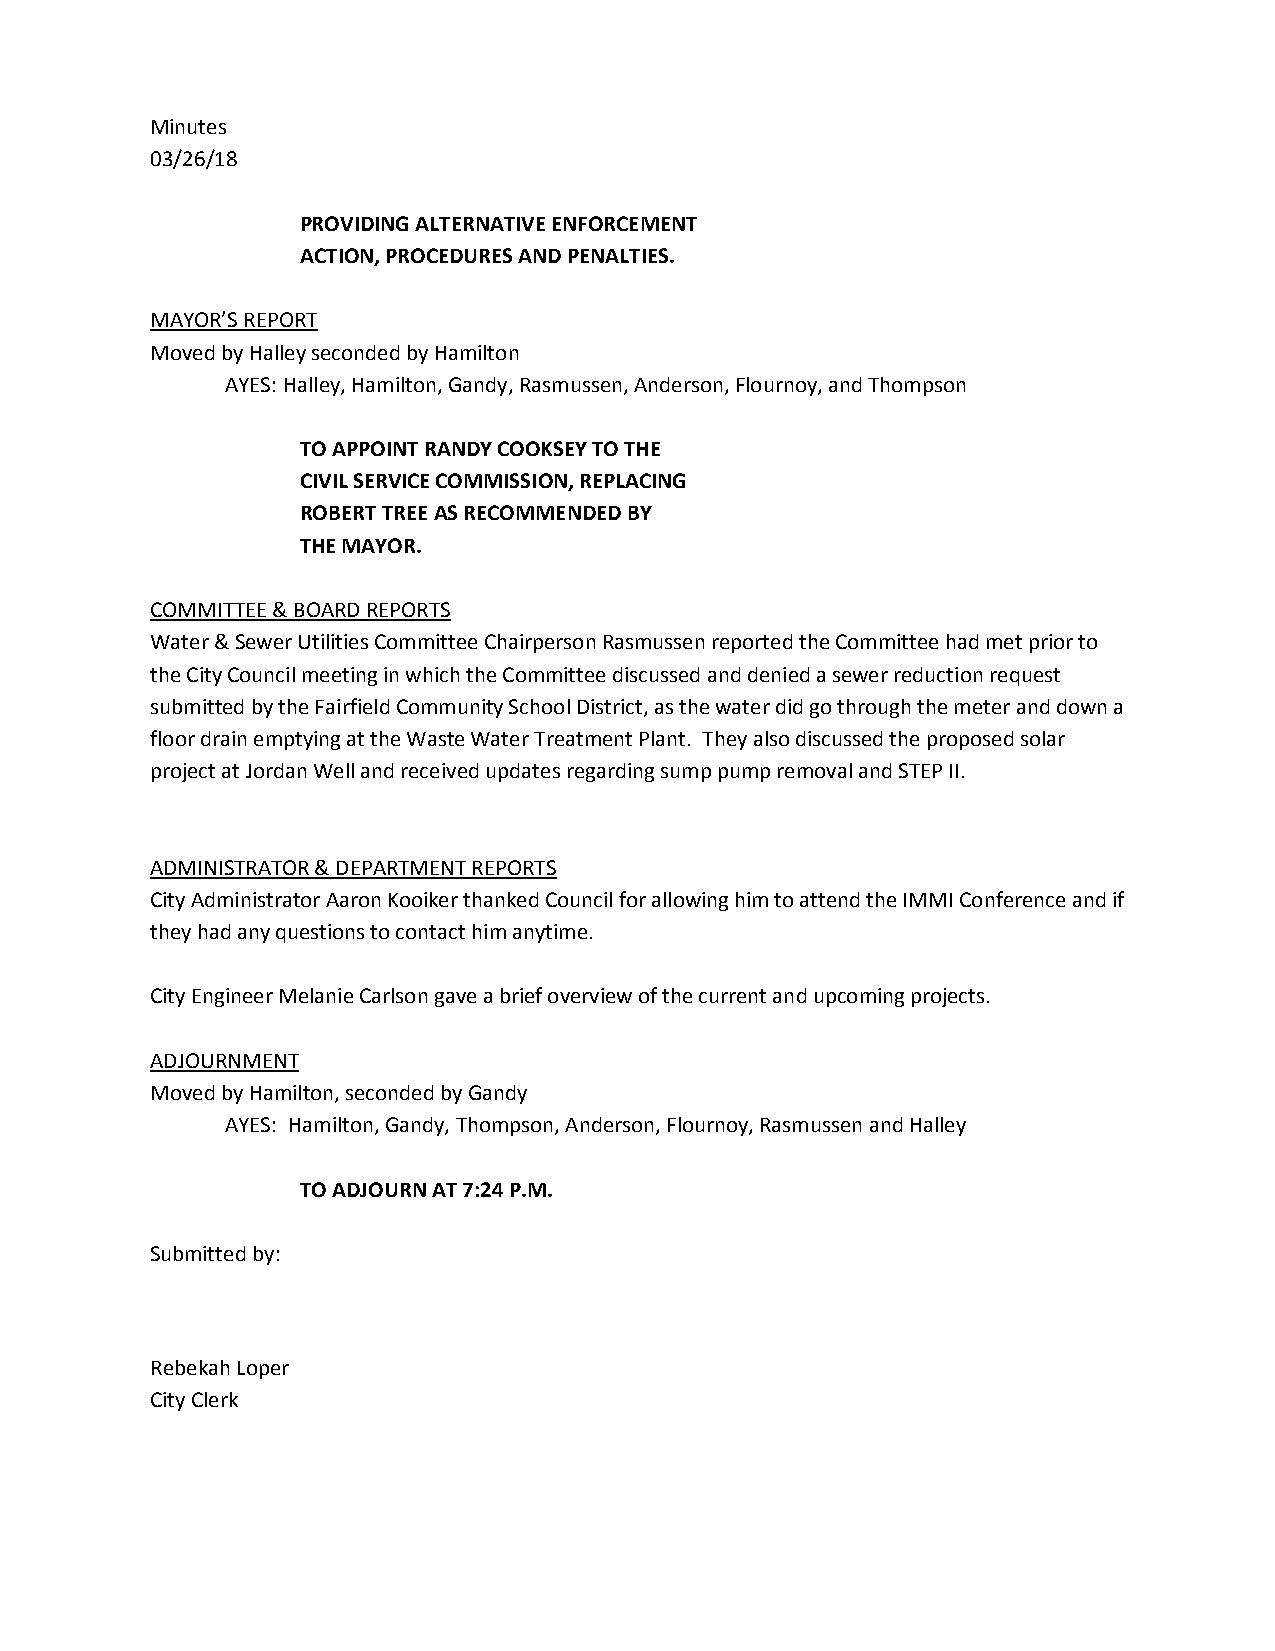
Minutes
 03/26/18
 PROVIDING ALTERNATIVE ENFORCEMENT
 ACTION, PROCEDURES AND PENALTIES.
 MAYOR’S REPORT
 Moved by Halley seconded by Hamilton
 AYES: Halley, Hamilton, Gandy, Rasmussen, Anderson, Flournoy, and Thompson
 TO APPOINT RANDY COOKSEY TO THE
 CIVIL SERVICE COMMISSION, REPLACING
 ROBERT TREE AS RECOMMENDED BY
 THE MAYOR.
 COMMITTEE & BOARD REPORTS
 Water & Sewer Utilities Committee Chairperson Rasmussen reported the Committee had met prior to
 the City Council meeting in which the Committee discussed and denied a sewer reduction request
 submitted by the Fairfield Community School District, as the water did go through the meter and down a
 floor drain emptying at the Waste Water Treatment Plant. They also discussed the proposed solar
 project at Jordan Well and received updates regarding sump pump removal and STEP II.
 ADMINISTRATOR & DEPARTMENT REPORTS
 City Administrator Aaron Kooiker thanked Council for allowing him to attend the IMMI Conference and if
 they had any questions to contact him anytime.
 City Engineer Melanie Carlson gave a brief overview of the current and upcoming projects.
 ADJOURNMENT
 Moved by Hamilton, seconded by Gandy
 AYES: Hamilton, Gandy, Thompson, Anderson, Flournoy, Rasmussen and Halley
 TO ADJOURN AT 7:24 P.M.
 Submitted by:
 Rebekah Loper
 City Clerk